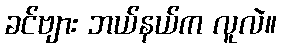
ခင်ဗျား ဘယ်နယ်က လူလဲ။